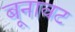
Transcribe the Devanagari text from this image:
बूनावट